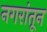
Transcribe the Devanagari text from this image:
नगरांतून